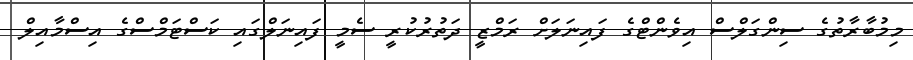
މިމުބާރާތުގެ ސިންގަލްސް އިވެންޓްގެ ފައިނަލަށް ރަމްޒީ ދަތުރުކުރީ ސެމީ ފައިނަލްގައި ކަސްޓަމްސްގެ އިސްމާއިލް